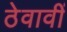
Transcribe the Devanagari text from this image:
ठेवावीं